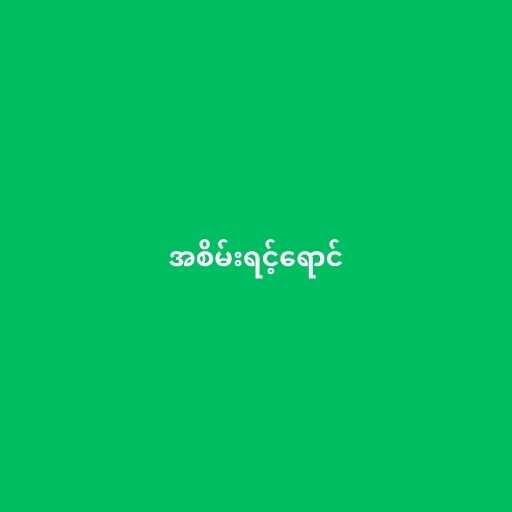
အစိမ်းရင့်ရောင်